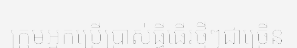
ក្រុមអ្នកប្រើប្រាស់ធ្វីធើរថ្មីៗជាច្រើន